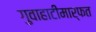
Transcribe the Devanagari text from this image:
गुवाहाटीमार्फत